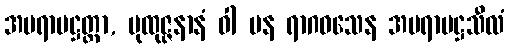
အပရာမဋ္ဌတ္တာ, ပုထုဇ္ဇနာနံ ဝါ ပန ရာဂဝသေန အပရာမဋ္ဌသီလံ